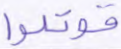
قوتلوا